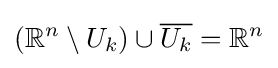
\left(\mathbb {R} ^{n}\setminus U_{k}\right)\cup {\overline {U_{k}}}=\mathbb {R} ^{n}